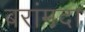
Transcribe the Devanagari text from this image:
बरांमदा